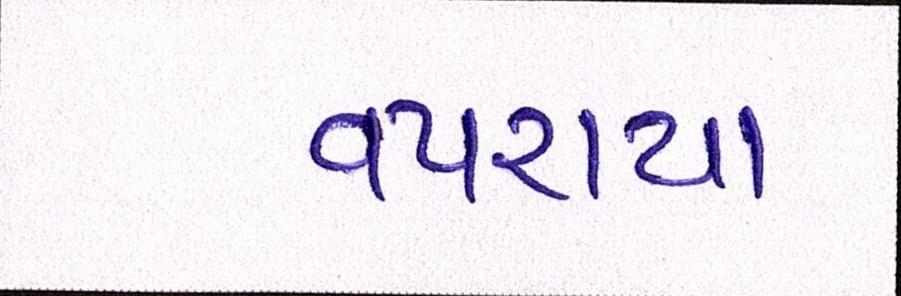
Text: વપરાયા